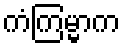
ကံကြမ္မာက